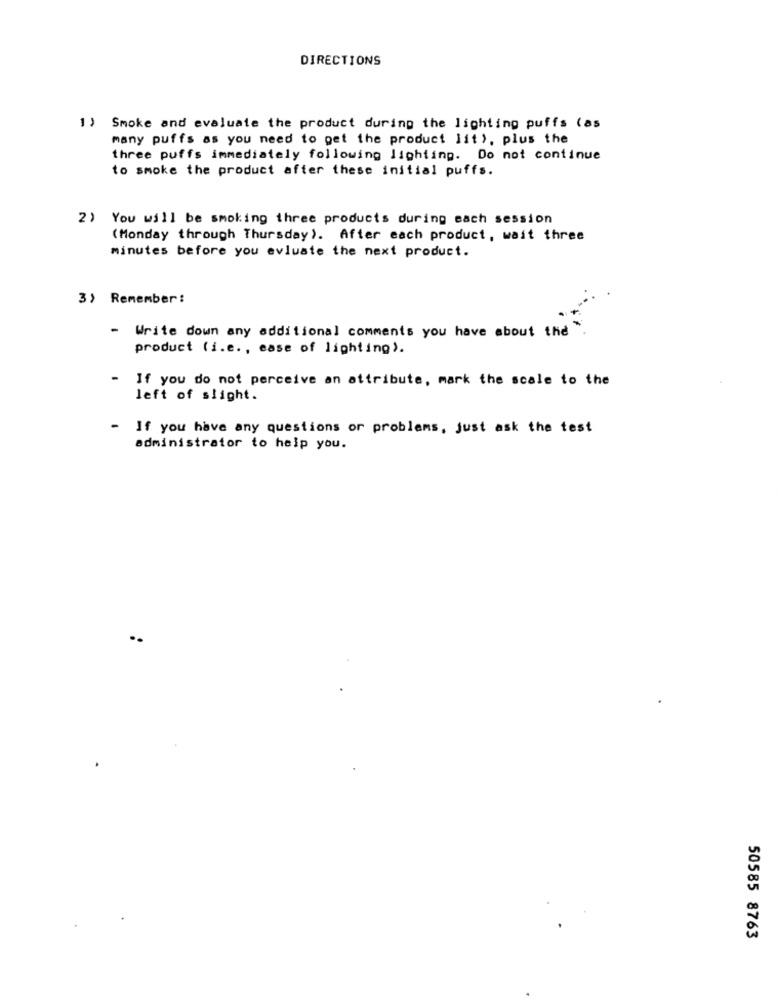
DIRECTIONS
1) Smoke and evaluate the product during the lighting puffs (as
many puffs as you need to get the product lit), plus the
three puffs immediately following lighting. Do not continue
to smoke the product after these initial puffs.
2) You will be smoking three products during each session
(Monday through Thursday). After each product, wait three
minutes before you evluate the next product.
3) Remember:
- Write down any additional comments you have about the
product (i.e ., ease of lighting).
- If you do not perceive an attribute, mark the scale to the
left of slight.
- If you have any questions or problems, just ask the test
administrator to help you.
50585 8763